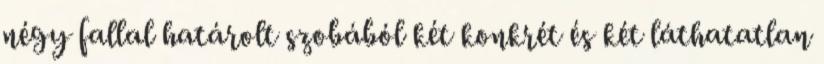
négy fallal határolt szobából két konkrét és két láthatatlan